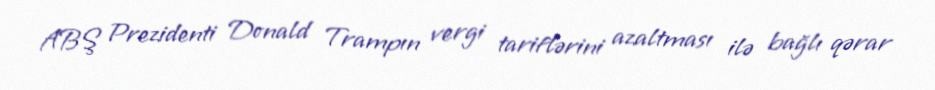
ABŞ Prezidenti Donald Trampın vergi tariflərini azaltması ilə bağlı qərar